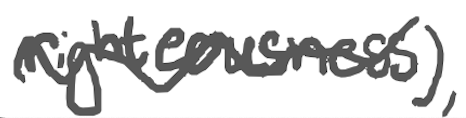
Text: righteousness),
Cross-out: wave
Writing tool: digital_gray